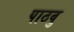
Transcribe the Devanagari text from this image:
पाठवु